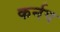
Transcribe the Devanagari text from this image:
कर्नप